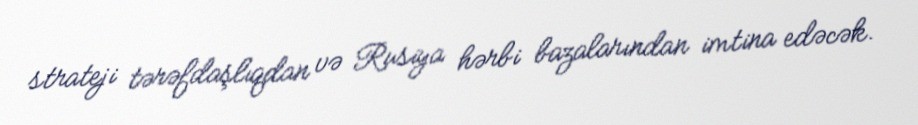
strateji tərəfdaşlıqdan və Rusiya hərbi bazalarından imtina edəcək.